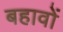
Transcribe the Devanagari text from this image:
बहावों